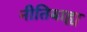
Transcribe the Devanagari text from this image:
नीतिबाह्य